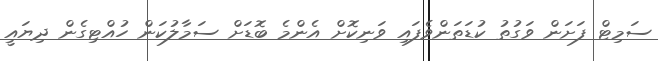
ސަމިޓް ފަށަން ވަގުތު ކުޑަތަންވެފައި ވަނިކޮށް އެންމެ ބޮޑަށް ސަމާލުކަން ހުއްޓިގެން ދިޔައީ